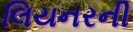
લિયનરની